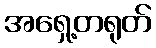
အရှေ့တရုတ်